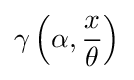
\gamma \left(\alpha ,{\frac {x}{\theta }}\right)